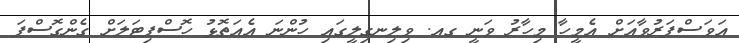
އަވަސްފަރުވާއަށް އެމީހާ މިހާރު ވަނީ ގއ. ވިލިނގިލީގައި ހުންނަ އެއަތޮޅު ހޮސްޕިޓަލަށް ގެންގޮސްފަ